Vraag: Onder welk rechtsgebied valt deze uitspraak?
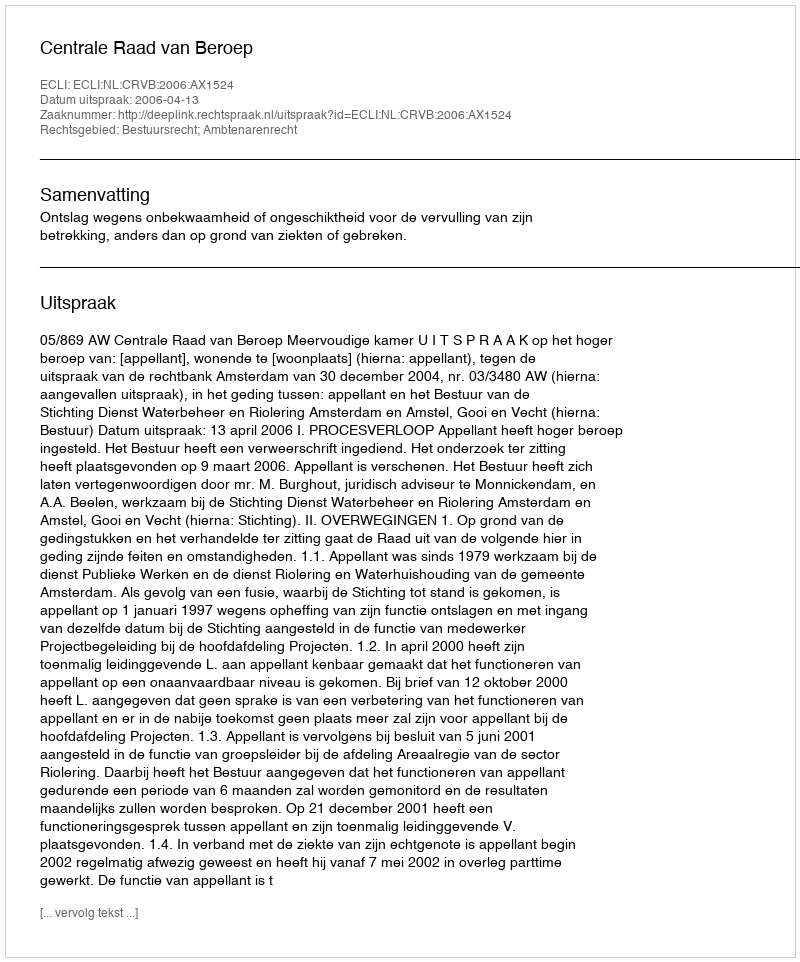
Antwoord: Bestuursrecht; Ambtenarenrecht